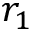
r _ { 1 }